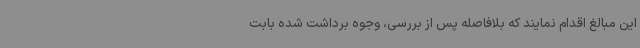
این مبالغ اقدام نمایند که بلافاصله پس از بررسی، وجوه برداشت شده بابت